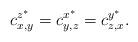
LaTeX: \begin{align*}c_{x,y}^{z^\ast}=c_{y,z}^{x^\ast}=c_{z,x}^{y^\ast}.\end{align*}